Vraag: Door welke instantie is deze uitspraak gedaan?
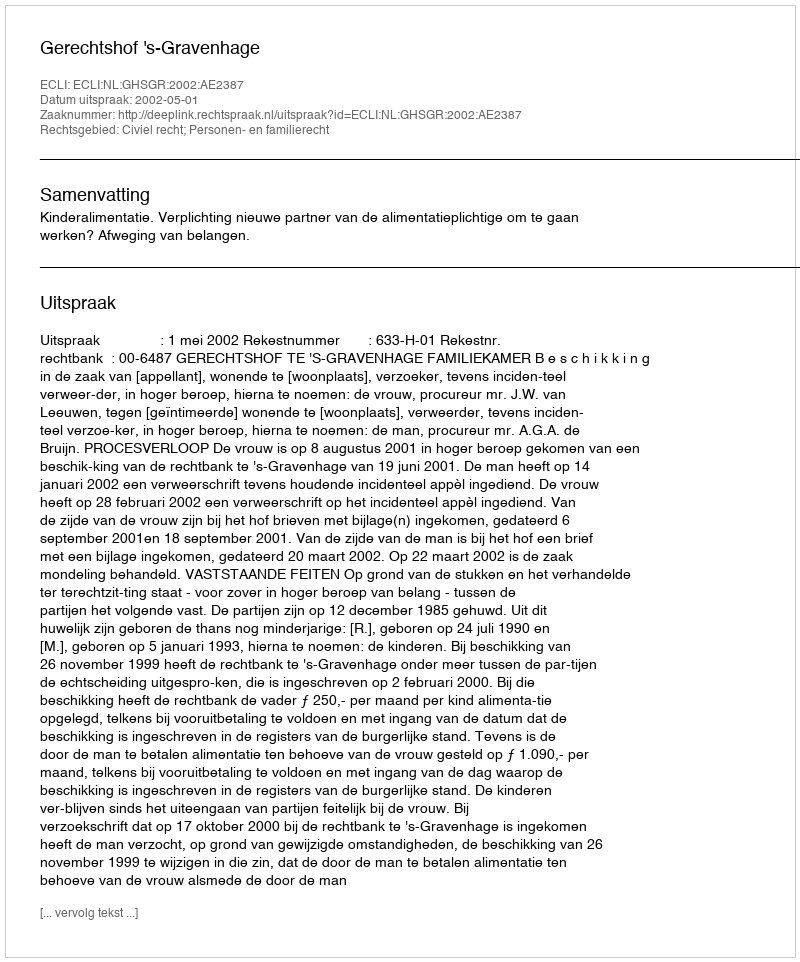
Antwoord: Gerechtshof 's-Gravenhage